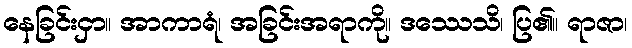
နေခြင်းငှာ။ အာကာရံ၊ အခြင်းအရာကို။ ဒဿေသိ၊ ပြ၏။ ရာဇာ၊